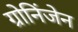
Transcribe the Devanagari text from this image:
ग्रोनिंजेन